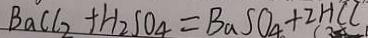
B a C l _ { 2 } + H _ { 2 } S O _ { 4 } = B a S O _ { 4 } + 2 H C l